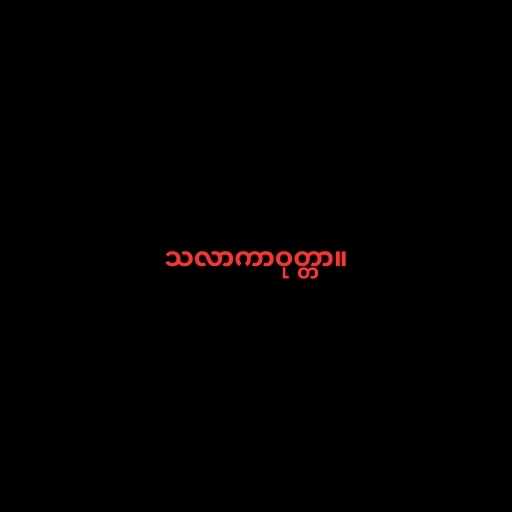
သလာကာဝုတ္တာ။